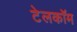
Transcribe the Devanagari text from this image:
टेलकॉम